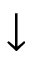
\downarrow